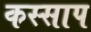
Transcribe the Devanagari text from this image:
कस्साप